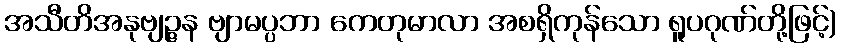
အသီတိအနုဗျဉ္ဇန ဗျာမပ္ပဘာ ကေတုမာလာ အစရှိကုန်သော ရူပဂုဏ်တို့ဖြင့်)